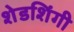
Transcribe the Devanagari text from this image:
शेडशिंगी